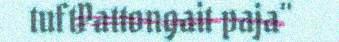
tuftPattongait paja"